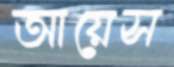
আয়েস